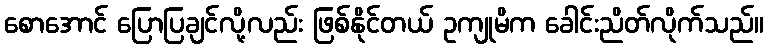
စောအောင် ပြောပြချင်လို့လည်း ဖြစ်နိုင်တယ် ဥကျုမိက ခေါင်းညိတ်လိုက်သည်။